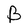
Character: B